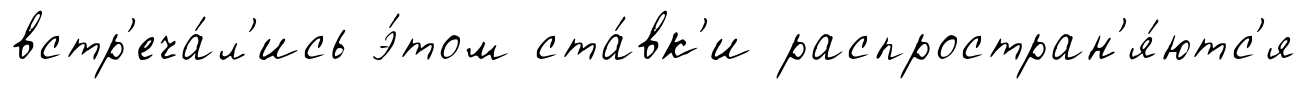
встр'еча́л'ись э́том ста́вк'и распростран'я́ютс'я